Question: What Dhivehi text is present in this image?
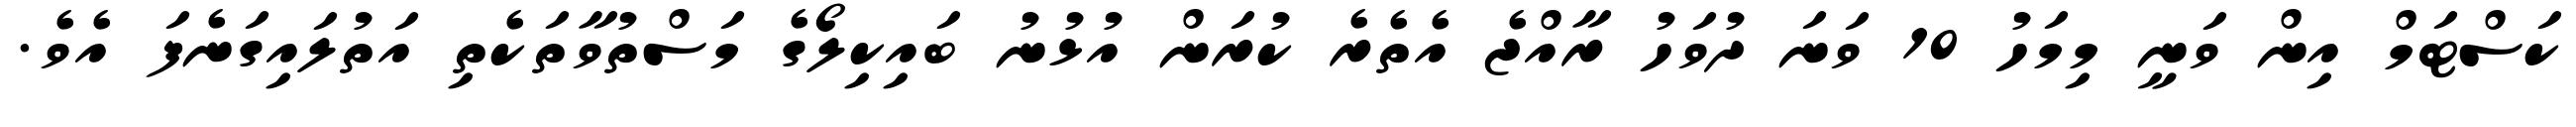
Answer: ކަސްޓަމް އިން ވަނީ މިމަހު 10 ވަނަ ދުވަހު ރާއްޖެ އެތެރެ ކުރަން އުޅުނު ބައިކިލޯގެ މަސްތުވާތަކެތި އަތުލައިގަނެފަ އެވެ.